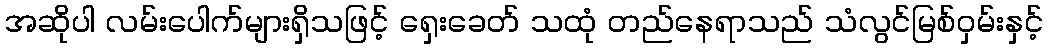
အဆိုပါ လမ်းပေါက်များရှိသဖြင့် ရှေးခေတ် သထုံ တည်နေရာသည် သံလွင်မြစ်ဝှမ်းနှင့်